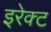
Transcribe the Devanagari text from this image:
इरेक्ट